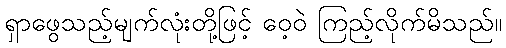
ရှာဖွေသည့်မျက်လုံးတို့ဖြင့် ဝေ့ဝဲ ကြည့်လိုက်မိသည်။